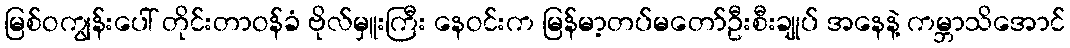
မြစ်ဝကျွန်းပေါ် တိုင်းတာဝန်ခံ ဗိုလ်မှူးကြီး နေဝင်းက မြန်မာ့တပ်မတော်ဦးစီးချုပ် အနေနဲ့ ကမ္ဘာသိအောင်